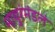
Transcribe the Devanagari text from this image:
माथुरंमंडलं